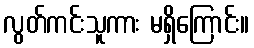
လွတ်ကင်းသူကား မရှိကြောင်း။